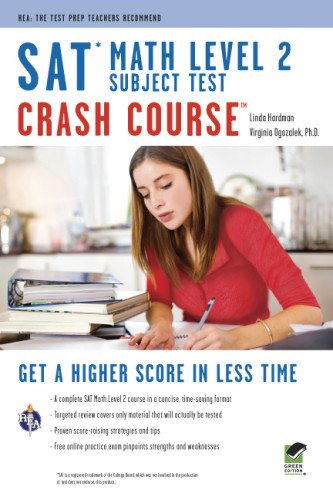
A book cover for SAT Subject TestEE¢: Math Level 2 Crash Course Book + Online (SAT PSAT ACT (College Admission) Prep); Linda Hardman; Test Preparation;